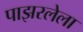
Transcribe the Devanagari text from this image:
पाझरलेला